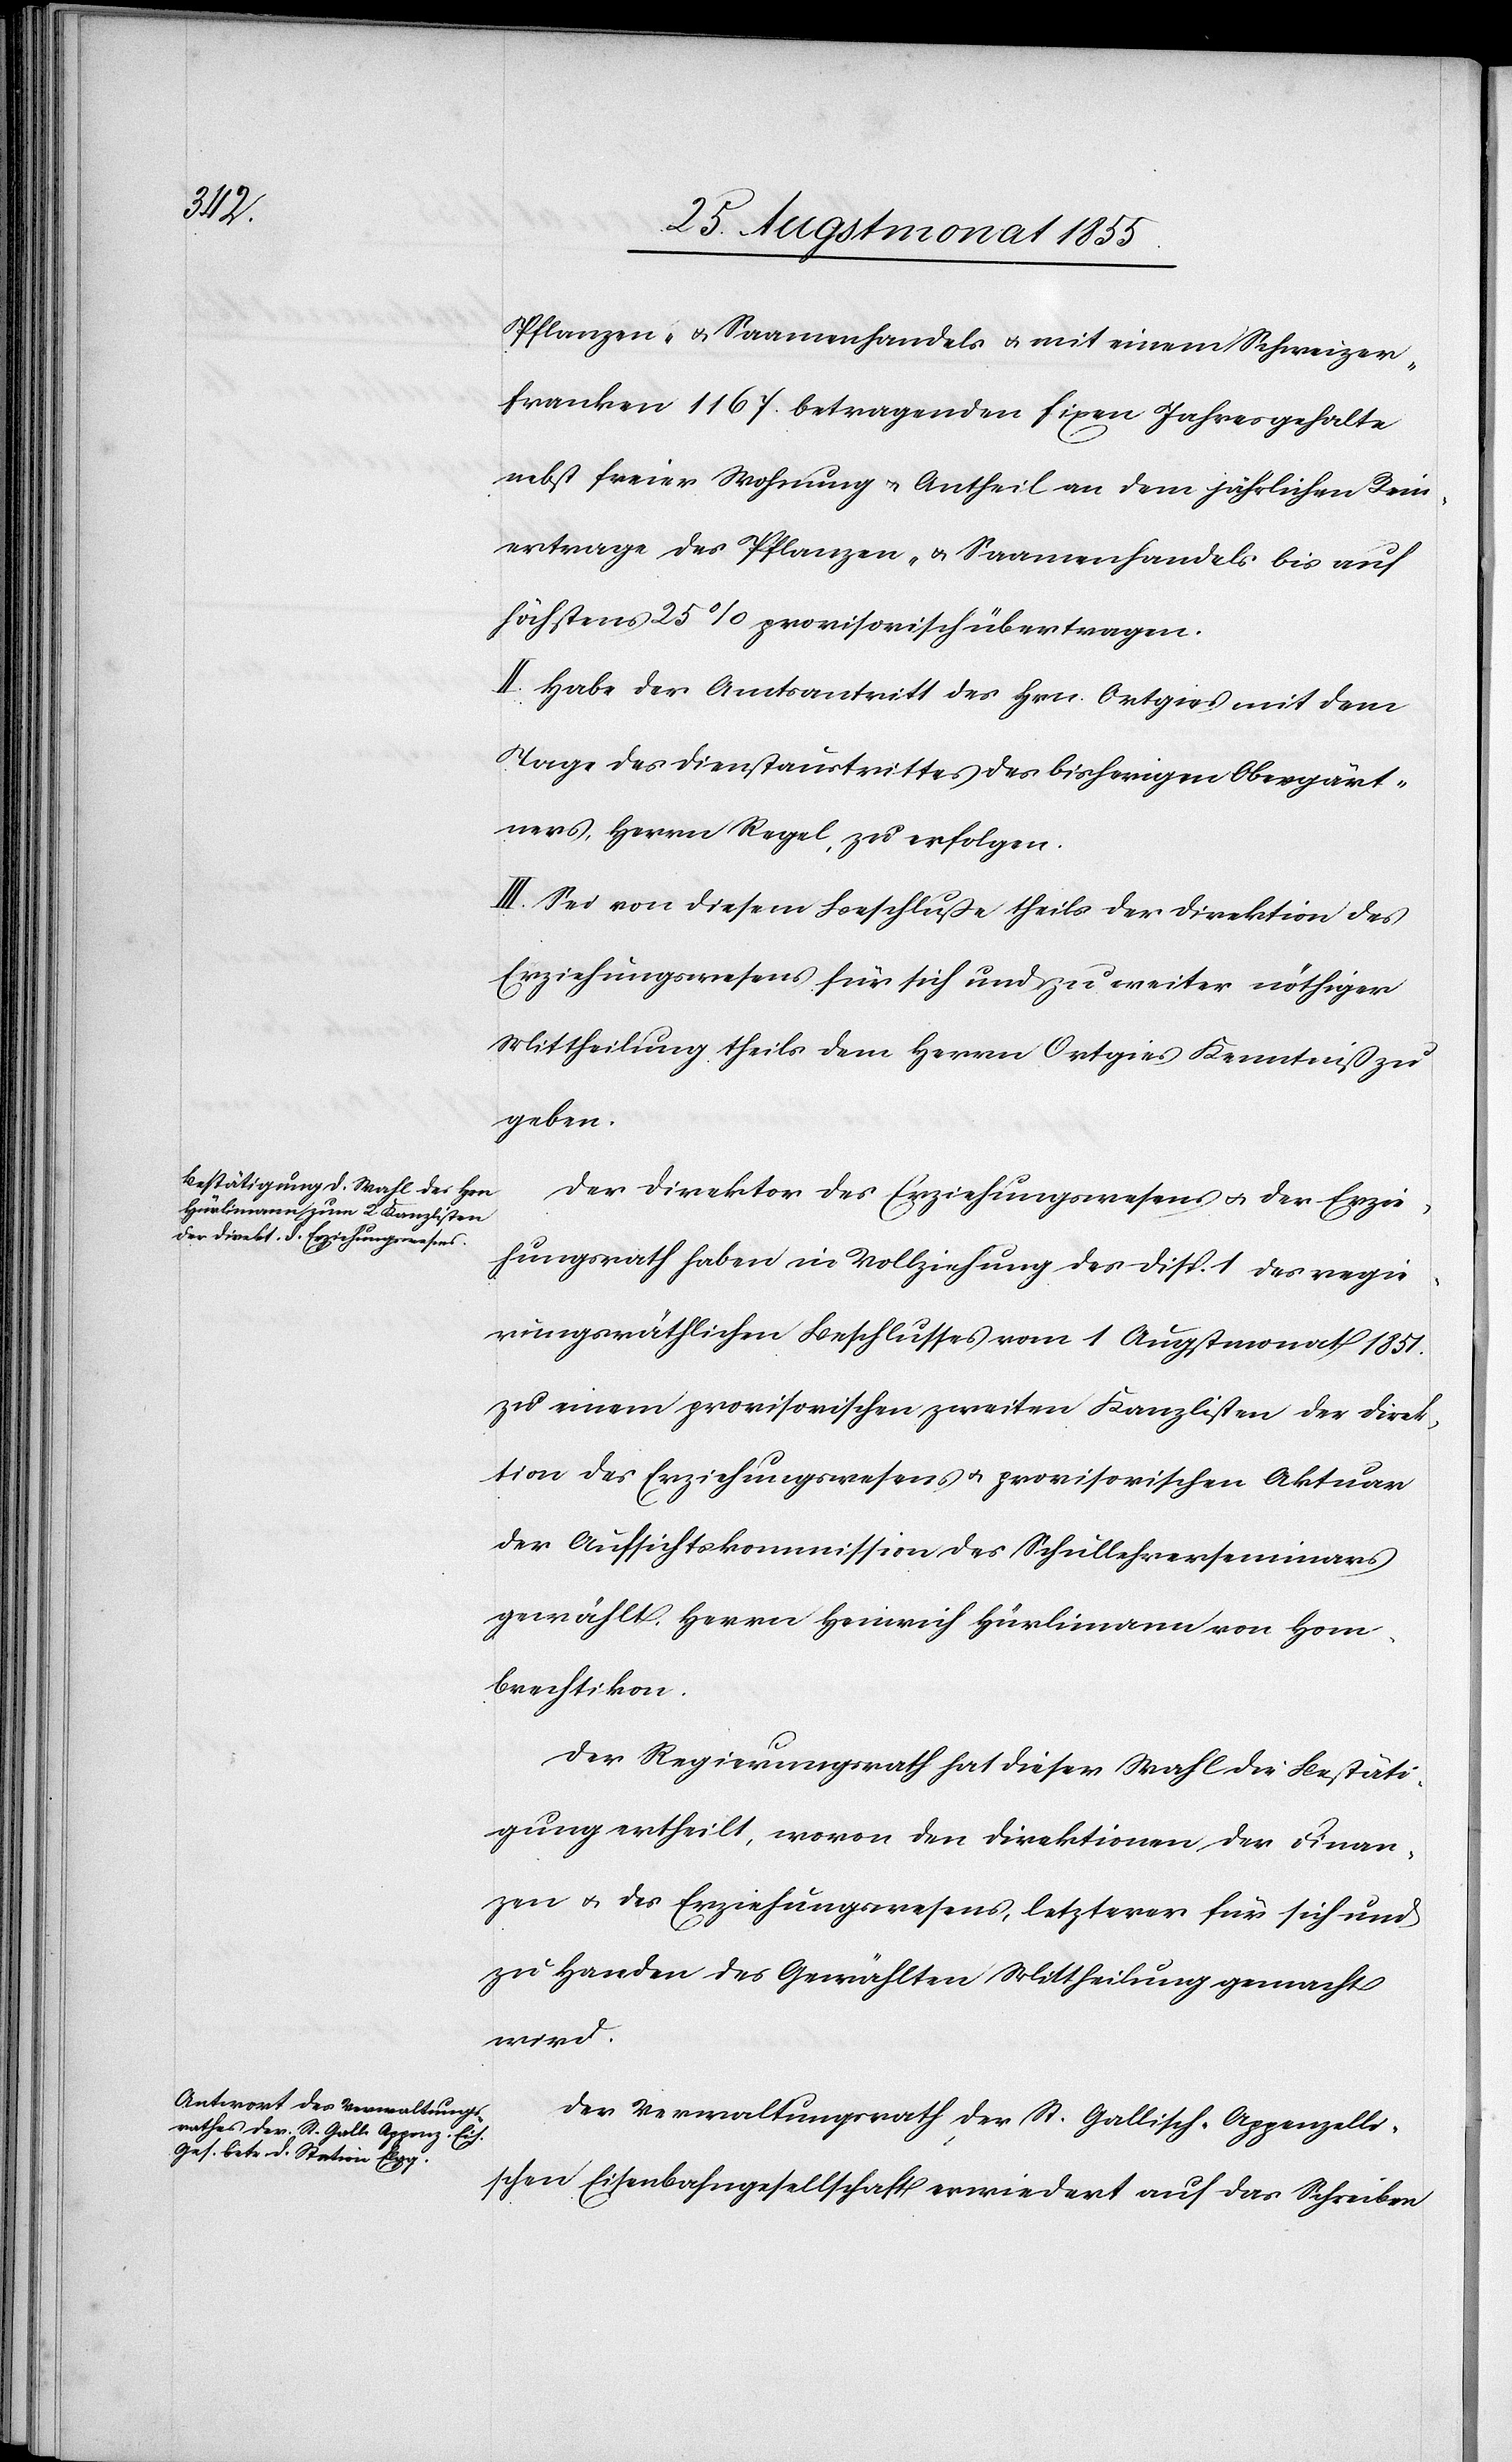
Pflanzen- & Saamenhandels & mit einem Schweizer¬
franken 1167. betragenden fixen Jahresgehalte
nebst freier Wohnung & Antheil an dem jährlichen Rein¬
ertrage des Pflanzen- & Saamenhandels bis auf
höchstens 25% provisorisch übertragen.
II. Habe der Amtsantritt des Hrn. Ortgies mit dem
Tage des Dienstaustrittes des bisherigen Obergärt¬
ners, Herrn Regel, zu erfolgen.
III. Sei von diesem Beschluße theils der Direktion des
Erziehungswesens für sich und zu weiter nöthiger
Mittheilung theils dem Herrn Ortgies Kenntniß zu
geben.
Der Direktor des Erziehungswesens & der Erzie¬
hungsrath haben in Vollziehung des Disp. 1 des regie¬
rungsräthlichen Beschlusses vom 1 Augstmonat 1851.
zu einem provisorischen zweiten Kanzlisten der Direk¬
tion des Erziehungswesens & provisorischen Aktuar
der Aufsichtskommission des Schullehrerseminars
gewählt, Herrn Heinrich Hürlimann von Hom¬
brechtikon.
Der Regierungsrath hat dieser Wahl die Bestäti¬
gung ertheilt, wovon den Direktionen der Finan¬
zen & des Erziehungswesens, letzterer für sich und
zu Handen des Gewählten Mittheilung gemacht
wird.
Der Verwaltungsrath der St. Gallisch-Appenzelli¬
schen Eisenbahngesellschaft erwiedert auf das Schreiben